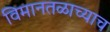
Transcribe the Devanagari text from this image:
विमानतळाच्याच